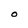
Character: O